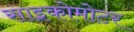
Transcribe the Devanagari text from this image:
साइकोमोटर